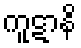
ကူဋာနိ